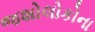
જશોલોકોના